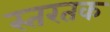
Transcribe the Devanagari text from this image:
स्तरतक